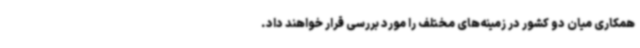
همکاری میان دو کشور در زمینه‌های مختلف را مورد بررسی قرار خواهند داد.